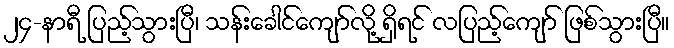
၂၄-နာရီ ပြည့်သွားပြီ၊ သန်းခေါင်ကျော်လို့ ရှိရင် လပြည့်ကျော် ဖြစ်သွားပြီ။